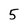
Character: 5